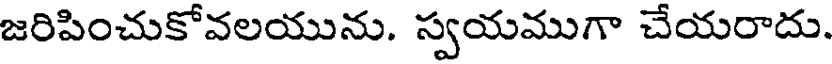
జరిపించుకోవలయును. స్వయముగా చేయరాదు.